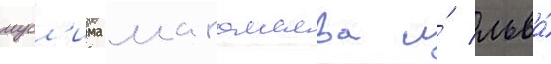
мусл'има магомаева и́ льва́